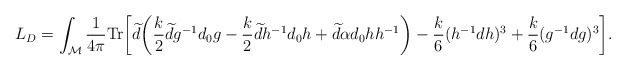
\begin{align*}L_D=\int_{\cal M} {1\over 4\pi}{\rm Tr}\bigg[\widetilde{d}\bigg({k\over{2}}\widetilde{d}g^{-1}d_0g-{k\over{2}}\widetilde{d}h^{-1}d_0h+\widetilde{d}\alpha d_0 h h^{-1}\bigg)-{k\over{6}} (h^{-1}dh)^3+{k\over{6}} (g^{-1}dg)^3 \bigg].\end{align*}